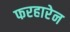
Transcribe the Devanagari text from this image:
फरहारेन